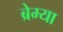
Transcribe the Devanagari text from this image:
ब्रेम्या